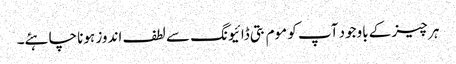
ہر چیز کے باوجود آپ کو موم بتی ڈائیونگ سے لطف اندوز ہونا چاہئے۔